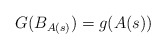
\begin{align*}G(B_{A(s)}) = g(A(s)) \end{align*}